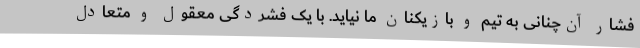
فشار آن‌چنانی به تیم و بازیکنان ما نیاید. با یک فشردگی معقول و متعادل